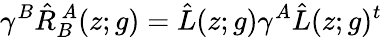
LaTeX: \gamma^{B}\hat{R}_{B}^{~A}(z;g)=\hat{L}(z;g)\gamma^{A}\hat{L}(z;g)^{t}